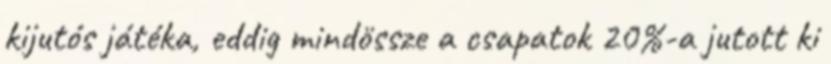
kijutós játéka, eddig mindössze a csapatok 20%-a jutott ki